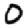
Digit: 0